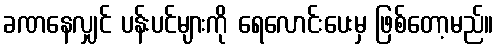
ခဏနေလျှင် ပန်းပင်များကို ရေလောင်းပေးမှ ဖြစ်တော့မည်။